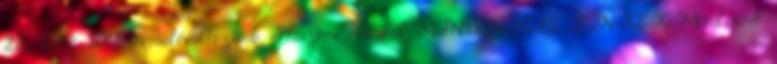
22., hétfő 2018-as adóváltozások Hasznos oldalak MINDENFÉLE LINKEK Mindennel